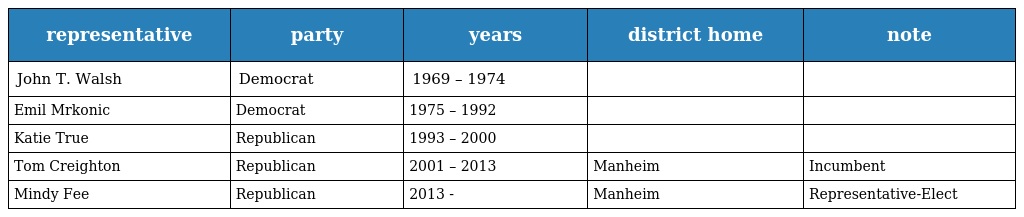
| representative | party | years | district home | note |
 | --- | --- | --- | --- | --- |
 | John T. Walsh | Democrat | 1969 – 1974 |  |  |
 | Emil Mrkonic | Democrat | 1975 – 1992 |  |  |
 | Katie True | Republican | 1993 – 2000 |  |  |
 | Tom Creighton | Republican | 2001 – 2013 | Manheim | Incumbent |
 | Mindy Fee | Republican | 2013 - | Manheim | Representative-Elect |